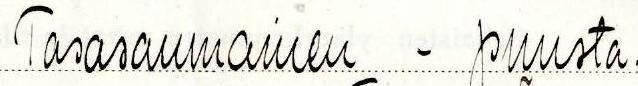
Tasasaumainen - puusta